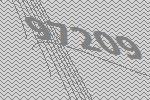
97209